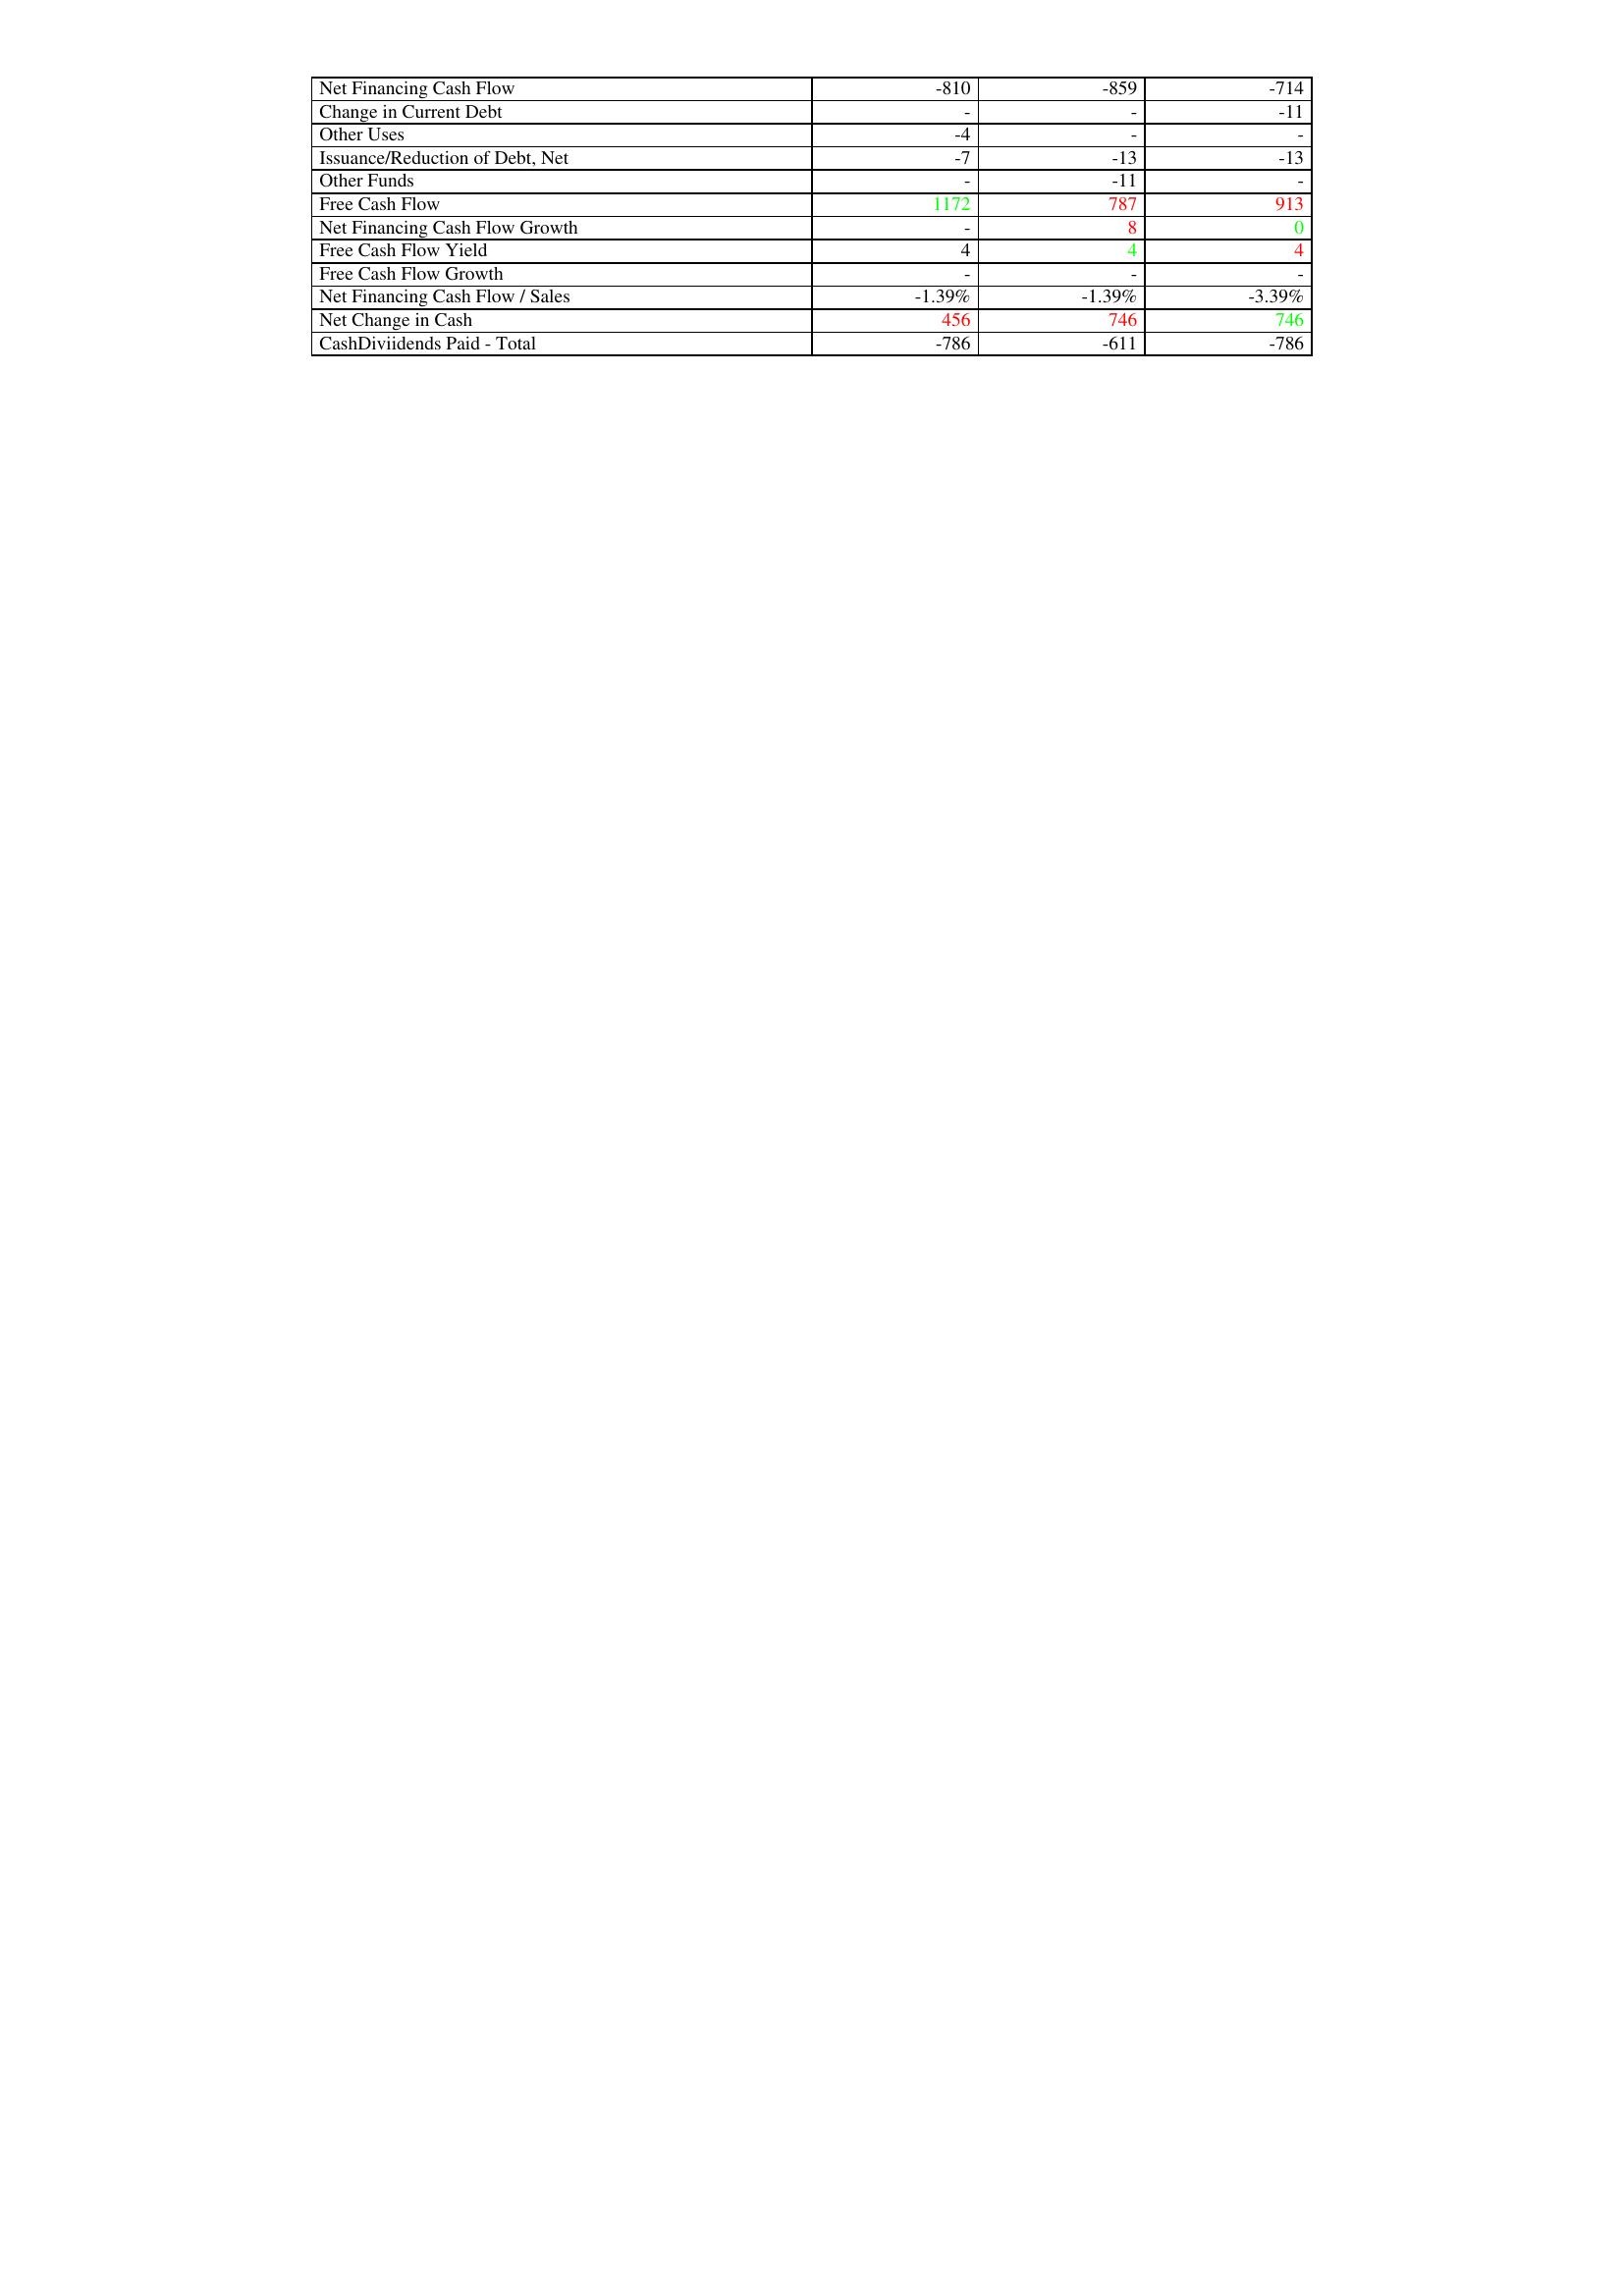
gt_parse: 2019: Financing Activities: Net Financing Cash Flow: -810
Change in Current Debt: -
Other Uses: -4
Issuance/Reduction of Debt, Net: -7
Other Funds: -
Free Cash Flow: 1172
Net Financing Cash Flow Growth: -
Free Cash Flow Yield: 4
Free Cash Flow Growth: -
Net Financing Cash Flow / Sales: -1.39%
Net Change in Cash: 456
CashDiviidends Paid - Total: -786
2018: Financing Activities: Net Financing Cash Flow: -859
Change in Current Debt: -
Other Uses: -
Issuance/Reduction of Debt, Net: -13
Other Funds: -11
Free Cash Flow: 787
Net Financing Cash Flow Growth: 8
Free Cash Flow Yield: 4
Free Cash Flow Growth: -
Net Financing Cash Flow / Sales: -1.39%
Net Change in Cash: 746
CashDiviidends Paid - Total: -611
2017: Financing Activities: Net Financing Cash Flow: -714
Change in Current Debt: -11
Other Uses: -
Issuance/Reduction of Debt, Net: -13
Other Funds: -
Free Cash Flow: 913
Net Financing Cash Flow Growth: 0
Free Cash Flow Yield: 4
Free Cash Flow Growth: -
Net Financing Cash Flow / Sales: -3.39%
Net Change in Cash: 746
CashDiviidends Paid - Total: -786